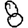
Digit: 8